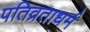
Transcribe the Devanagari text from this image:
पतिव्रताधर्म